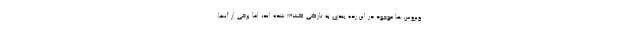
ویروس ها موجود در این رده بندی به تازگی کشف شده اند، اما برخی از آنها